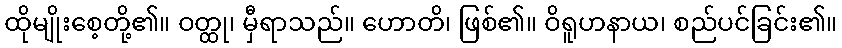
ထိုမျိုးစေ့တို့၏။ ဝတ္ထု၊ မှီရာသည်။ ဟောတိ၊ ဖြစ်၏။ ဝိရူဟနာယ၊ စည်ပင်ခြင်း၏။